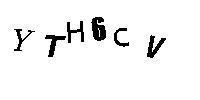
YTH6CV